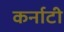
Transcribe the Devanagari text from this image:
कर्नाटी